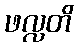
ဖလ္လတိ